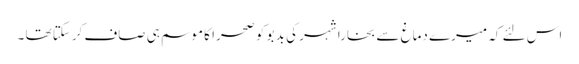
اس لئے کہ میرے دماغ سے بخارا شہر کی بد بو کو صحرا کا موسم ہی صاف کرسکتا تھا ۔